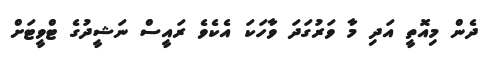
ދެން މިއޮތީ އަދި މާ ވަރުގަދަ ވާހަކަ އެކެވެ ރައީސް ނަޝީދުގެ ޓްވީޓަށް